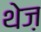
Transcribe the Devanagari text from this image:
थेज़